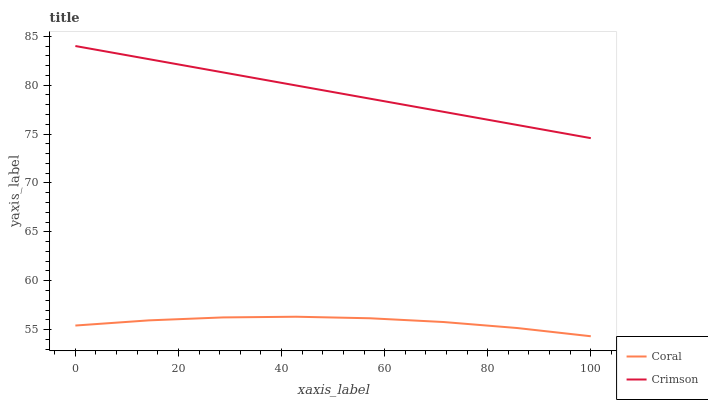
| xaxis_label | Coral | Crimson |
 | --- | --- | --- |
 | 0 | 55.4 | 84 |
 | 14.3 | 56 | 82.7 |
 | 28.6 | 56.3 | 81.3 |
 | 42.9 | 56.3 | 80 |
 | 57.1 | 56.2 | 78.6 |
 | 71.4 | 55.8 | 77.3 |
 | 85.7 | 55.2 | 75.9 |
 | 100 | 54.3 | 74.6 |